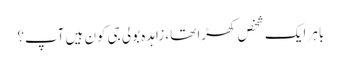
باہر ایک شخص کھڑا تھا، زاہدہ بولی جی کون ہیں آپ؟